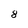
Character: 8